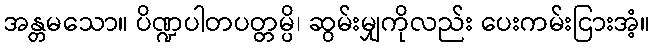
အန္တမသော။ ပိဏ္ဍပါတပတ္တမ္ပိ၊ ဆွမ်းမျှကိုလည်း ပေးကမ်းငြားအံ့။